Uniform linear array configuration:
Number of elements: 16
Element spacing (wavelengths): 0.75
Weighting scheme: cosine
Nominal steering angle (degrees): -15
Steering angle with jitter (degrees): -14.847
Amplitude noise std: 0.05
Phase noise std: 0.05

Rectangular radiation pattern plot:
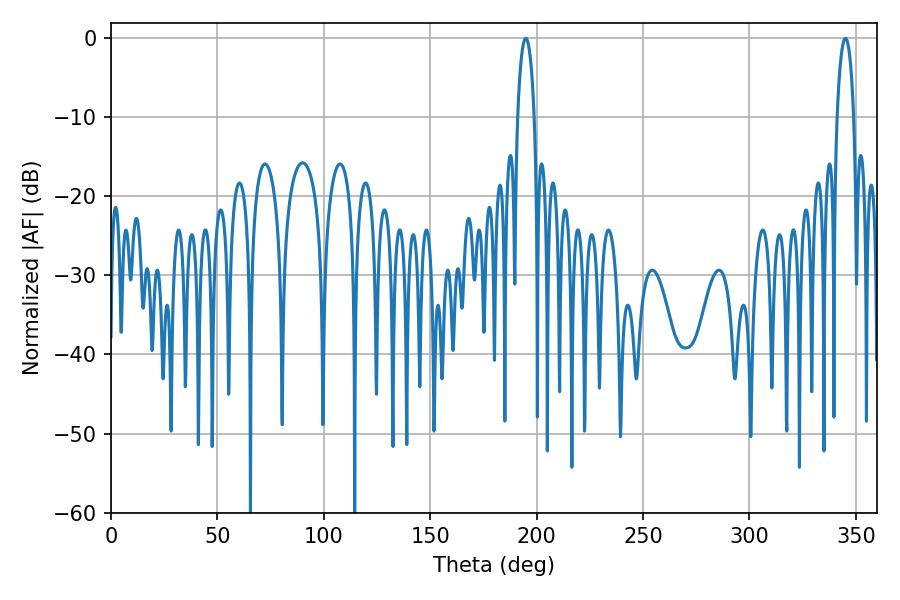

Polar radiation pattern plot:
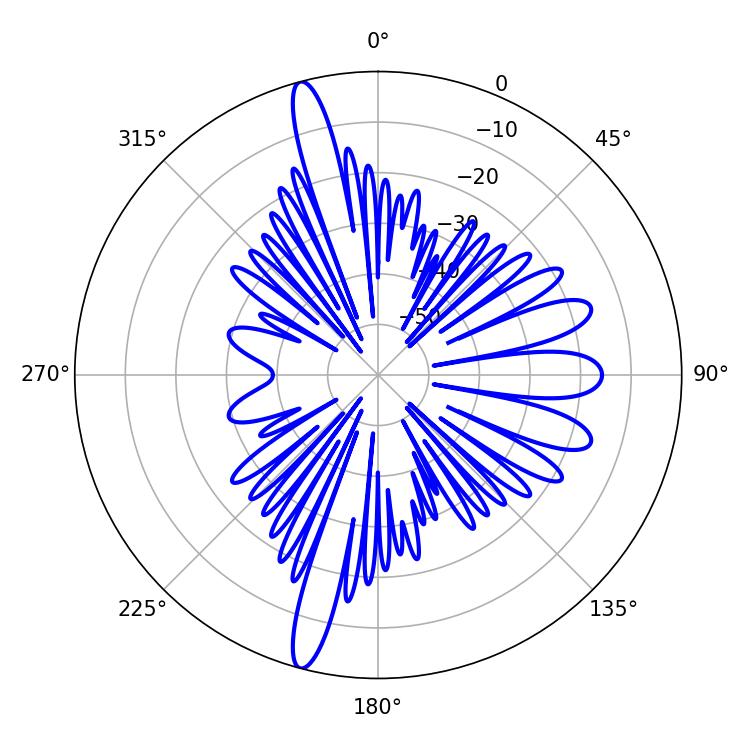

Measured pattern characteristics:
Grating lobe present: TRUE
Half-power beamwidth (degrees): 4.32
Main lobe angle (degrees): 345.06